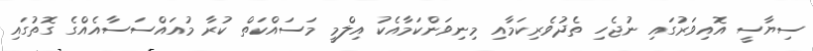
ސިޔާސީ އޮއިވަރުގައި ނުޖެހި ތެދުވެރިކަމާއި މިނިވަންކަމާއެކު އިލްމީ މަސައްކަތް ކުރާ މުއައްސަސާއެއްގެ ގޮތުގައި